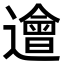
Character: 𨗥